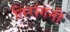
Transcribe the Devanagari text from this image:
तिरांगनी